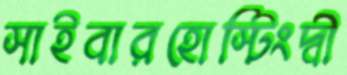
সাইবারহোস্টিংদ্বী